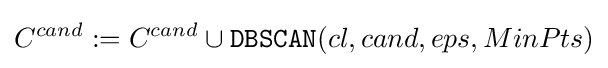
C^{cand}:=C^{cand}\cup {\mathtt {DBSCAN}}(cl,cand,eps,MinPts)